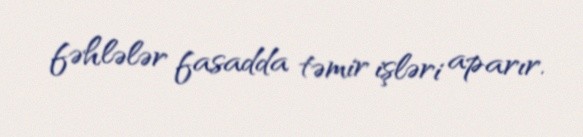
fəhlələr fasadda təmir işləri aparır.